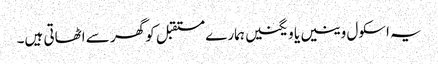
یہ اسکول وینیں یا ویگنیں ہمارے مستقبل کو گھر سے اٹھاتی ہیں۔